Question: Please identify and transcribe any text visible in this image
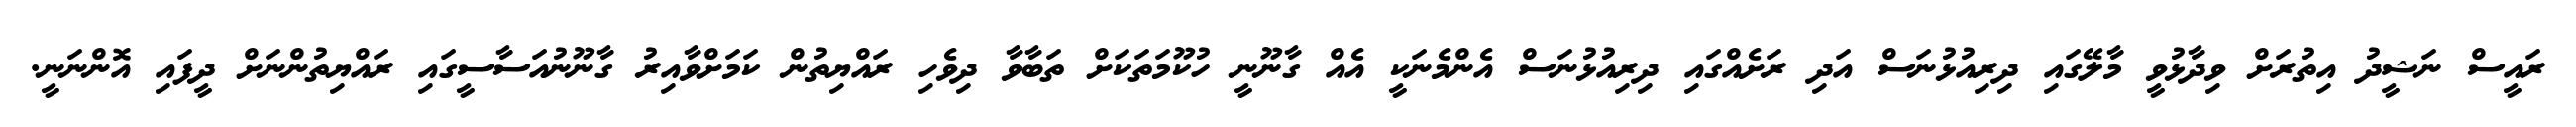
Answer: ރައީސް ނަޝީދު އިތުރަށް ވިދާޅުވީ މާލޭގައި ދިރިއުޅުނަސް އަދި ރަށެއްގައި ދިރިއުޅުނަސް އެންމެނަކީ އެއް ގާނޫނީ ހުކޫމަތަކަށް ތަބާވާ ދިވެހި ރައްޔިތުން ކަމަށްވާއިރު ގާނޫނުއަސާސީގައި ރައްޔިތުންނަށް ދީފައި އޮންނަނީ.